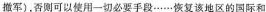
撤军)，否则可以使用一切必要手段……恢复该地区的国际和